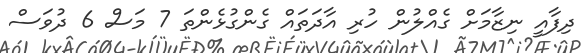
ދިފާއީ ނިޒާމަށް ގެއްލުން ހުރި އާދަތައް ގެންގުޅެންތަ 7 މަސް 6 ދުވަސް